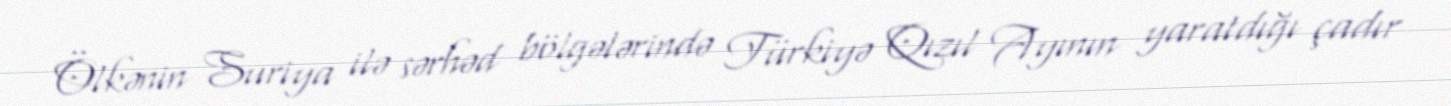
Ölkənin Suriya ilə sərhəd bölgələrində Türkiyə Qızıl Ayının yaratdığı çadır